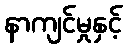
နာကျင်မှုနှင့်